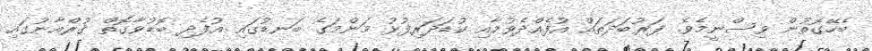
ބެހޭގޮތުން ވިސްނީމެވެ. ފަރުބަދަތައް އުފެއްދެވުމާއި ކުޑަދަރިފުޅު މަންމަގެ ބަނޑުގައި އުފެދި ބޮޑުވާގޮތް ޤުރްއާނުގައި